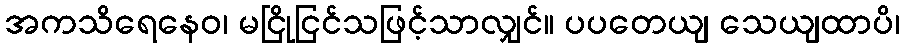
အကသိရေနေဝ၊ မငြိုငြင်သဖြင့်သာလျှင်။ ပပတေယျ သေယျထာပိ၊